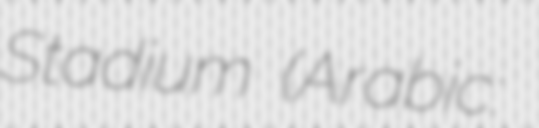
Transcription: Stadium (Arabic: ملعب